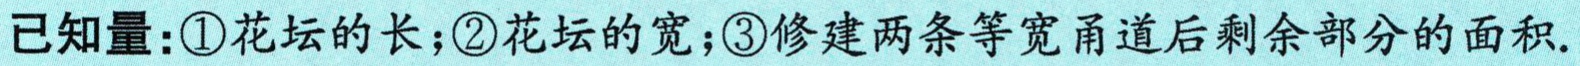
已知量：\textcircled{1}花坛的长；\textcircled{2}花坛的宽；\textcircled{3}修建两条等宽甬道后剩余部分的面积.